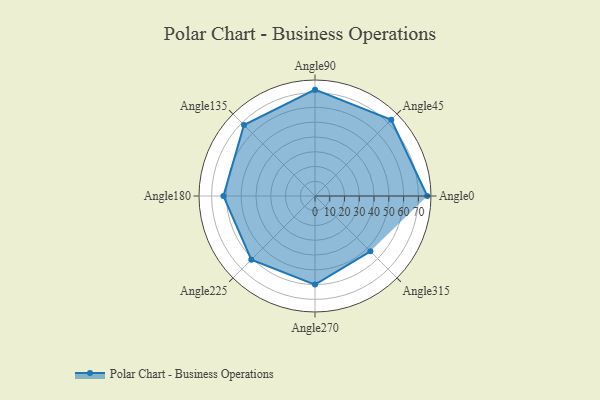
{"axis": {"x": "Angle", "y": "Radius"}, "legend": [""], "data": [{"x": "Angle0", "y": 76.0, "type": ""}, {"x": "Angle45", "y": 73.0, "type": ""}, {"x": "Angle90", "y": 72.0, "type": ""}, {"x": "Angle135", "y": 68.0, "type": ""}, {"x": "Angle180", "y": 62.0, "type": ""}, {"x": "Angle225", "y": 61.0, "type": ""}, {"x": "Angle270", "y": 60.0, "type": ""}, {"x": "Angle315", "y": 53.0, "type": ""}]}